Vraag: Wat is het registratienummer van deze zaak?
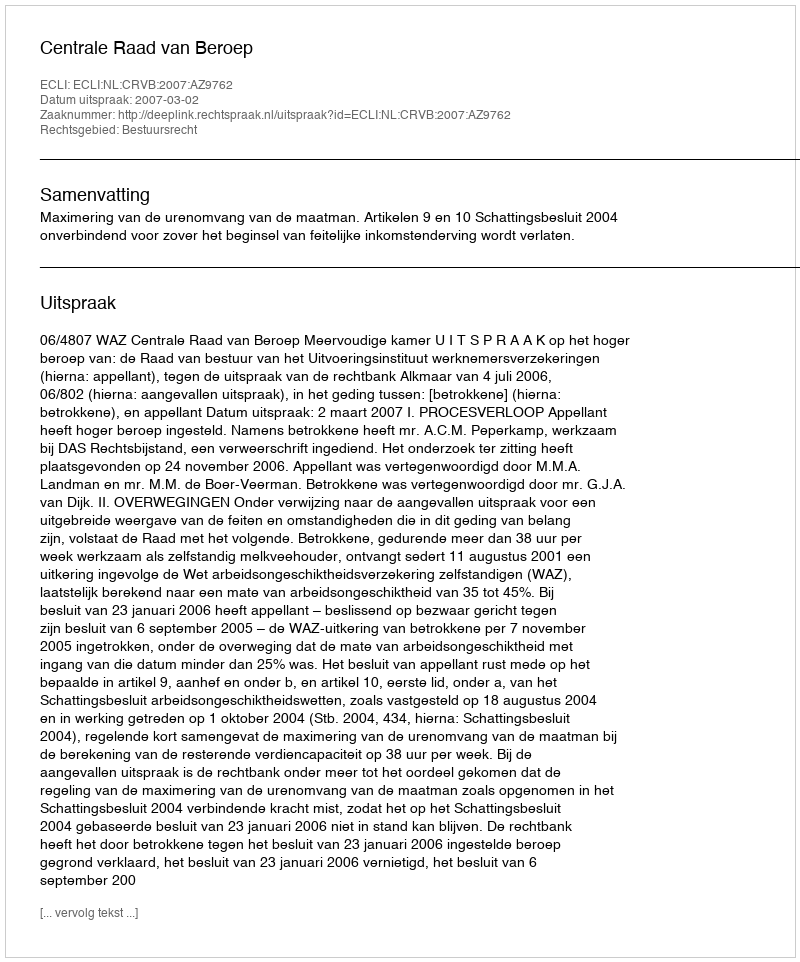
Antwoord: http://deeplink.rechtspraak.nl/uitspraak?id=ECLI:NL:CRVB:2007:AZ9762